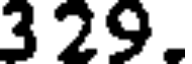
3 29.